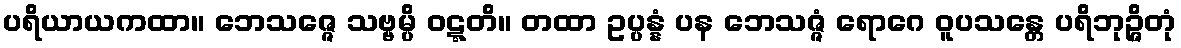
ပရိယာယကထာ။ ဘေသဇ္ဇေ သဗ္ဗမ္ပိ ဝဋ္ဋတိ။ တထာ ဥပ္ပန္နံ ပန ဘေသဇ္ဇံ ရောဂေ ဝူပသန္တေ ပရိဘုဉ္ဇိတုံ